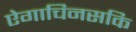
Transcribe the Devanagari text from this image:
ऐगाचिनसकि